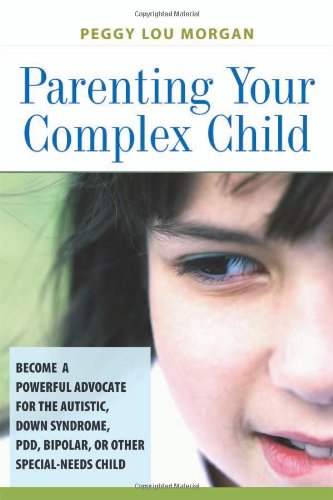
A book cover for Parenting Your Complex Child: Become a Powerful Advocate for the Autistic, Down Syndrome, PDD, Bipolar, or Other Special-Needs Child; Peggy Lou Morgan; Health, Fitness & Dieting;